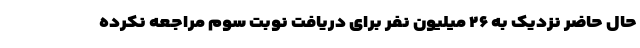
حال حاضر نزدیک به ۲۶ میلیون نفر برای دریافت نوبت سوم مراجعه نکرده